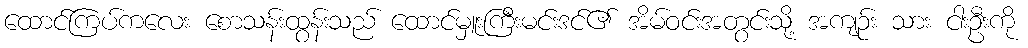
ထောင်ကြပ်ကလေး စောသန်းထွန်းသည် ထောင်မှူးကြီးမင်းဒင်၏ အိမ်ဝင်းအတွင်းသို့ အကျဉ်း သား ငါးဦးကို